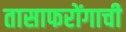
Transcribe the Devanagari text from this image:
तासाफरोंगाची